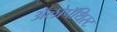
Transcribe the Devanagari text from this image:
अॅलोपॅथिस्ट